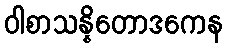
ဝါစာသန္နိတောဒကေန